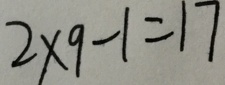
2 \times 9 - 1 = 1 7